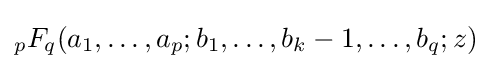
{}_{p}F_{q}(a_{1},\dots ,a_{p};b_{1},\dots ,b_{k}-1,\dots ,b_{q};z)